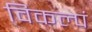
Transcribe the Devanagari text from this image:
विकल्पं